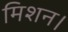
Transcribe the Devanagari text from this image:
मिशन।